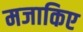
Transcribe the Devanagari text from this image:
मजाकिए